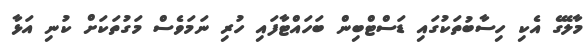
މާލޭގެ އެކި ހިސާބުތަކުގައި ޑަސްޓްބިން ބަހައްޓާފައި ހުރި ނަމަވެސް މަގުތަކަށް ކުނި އަޅާ